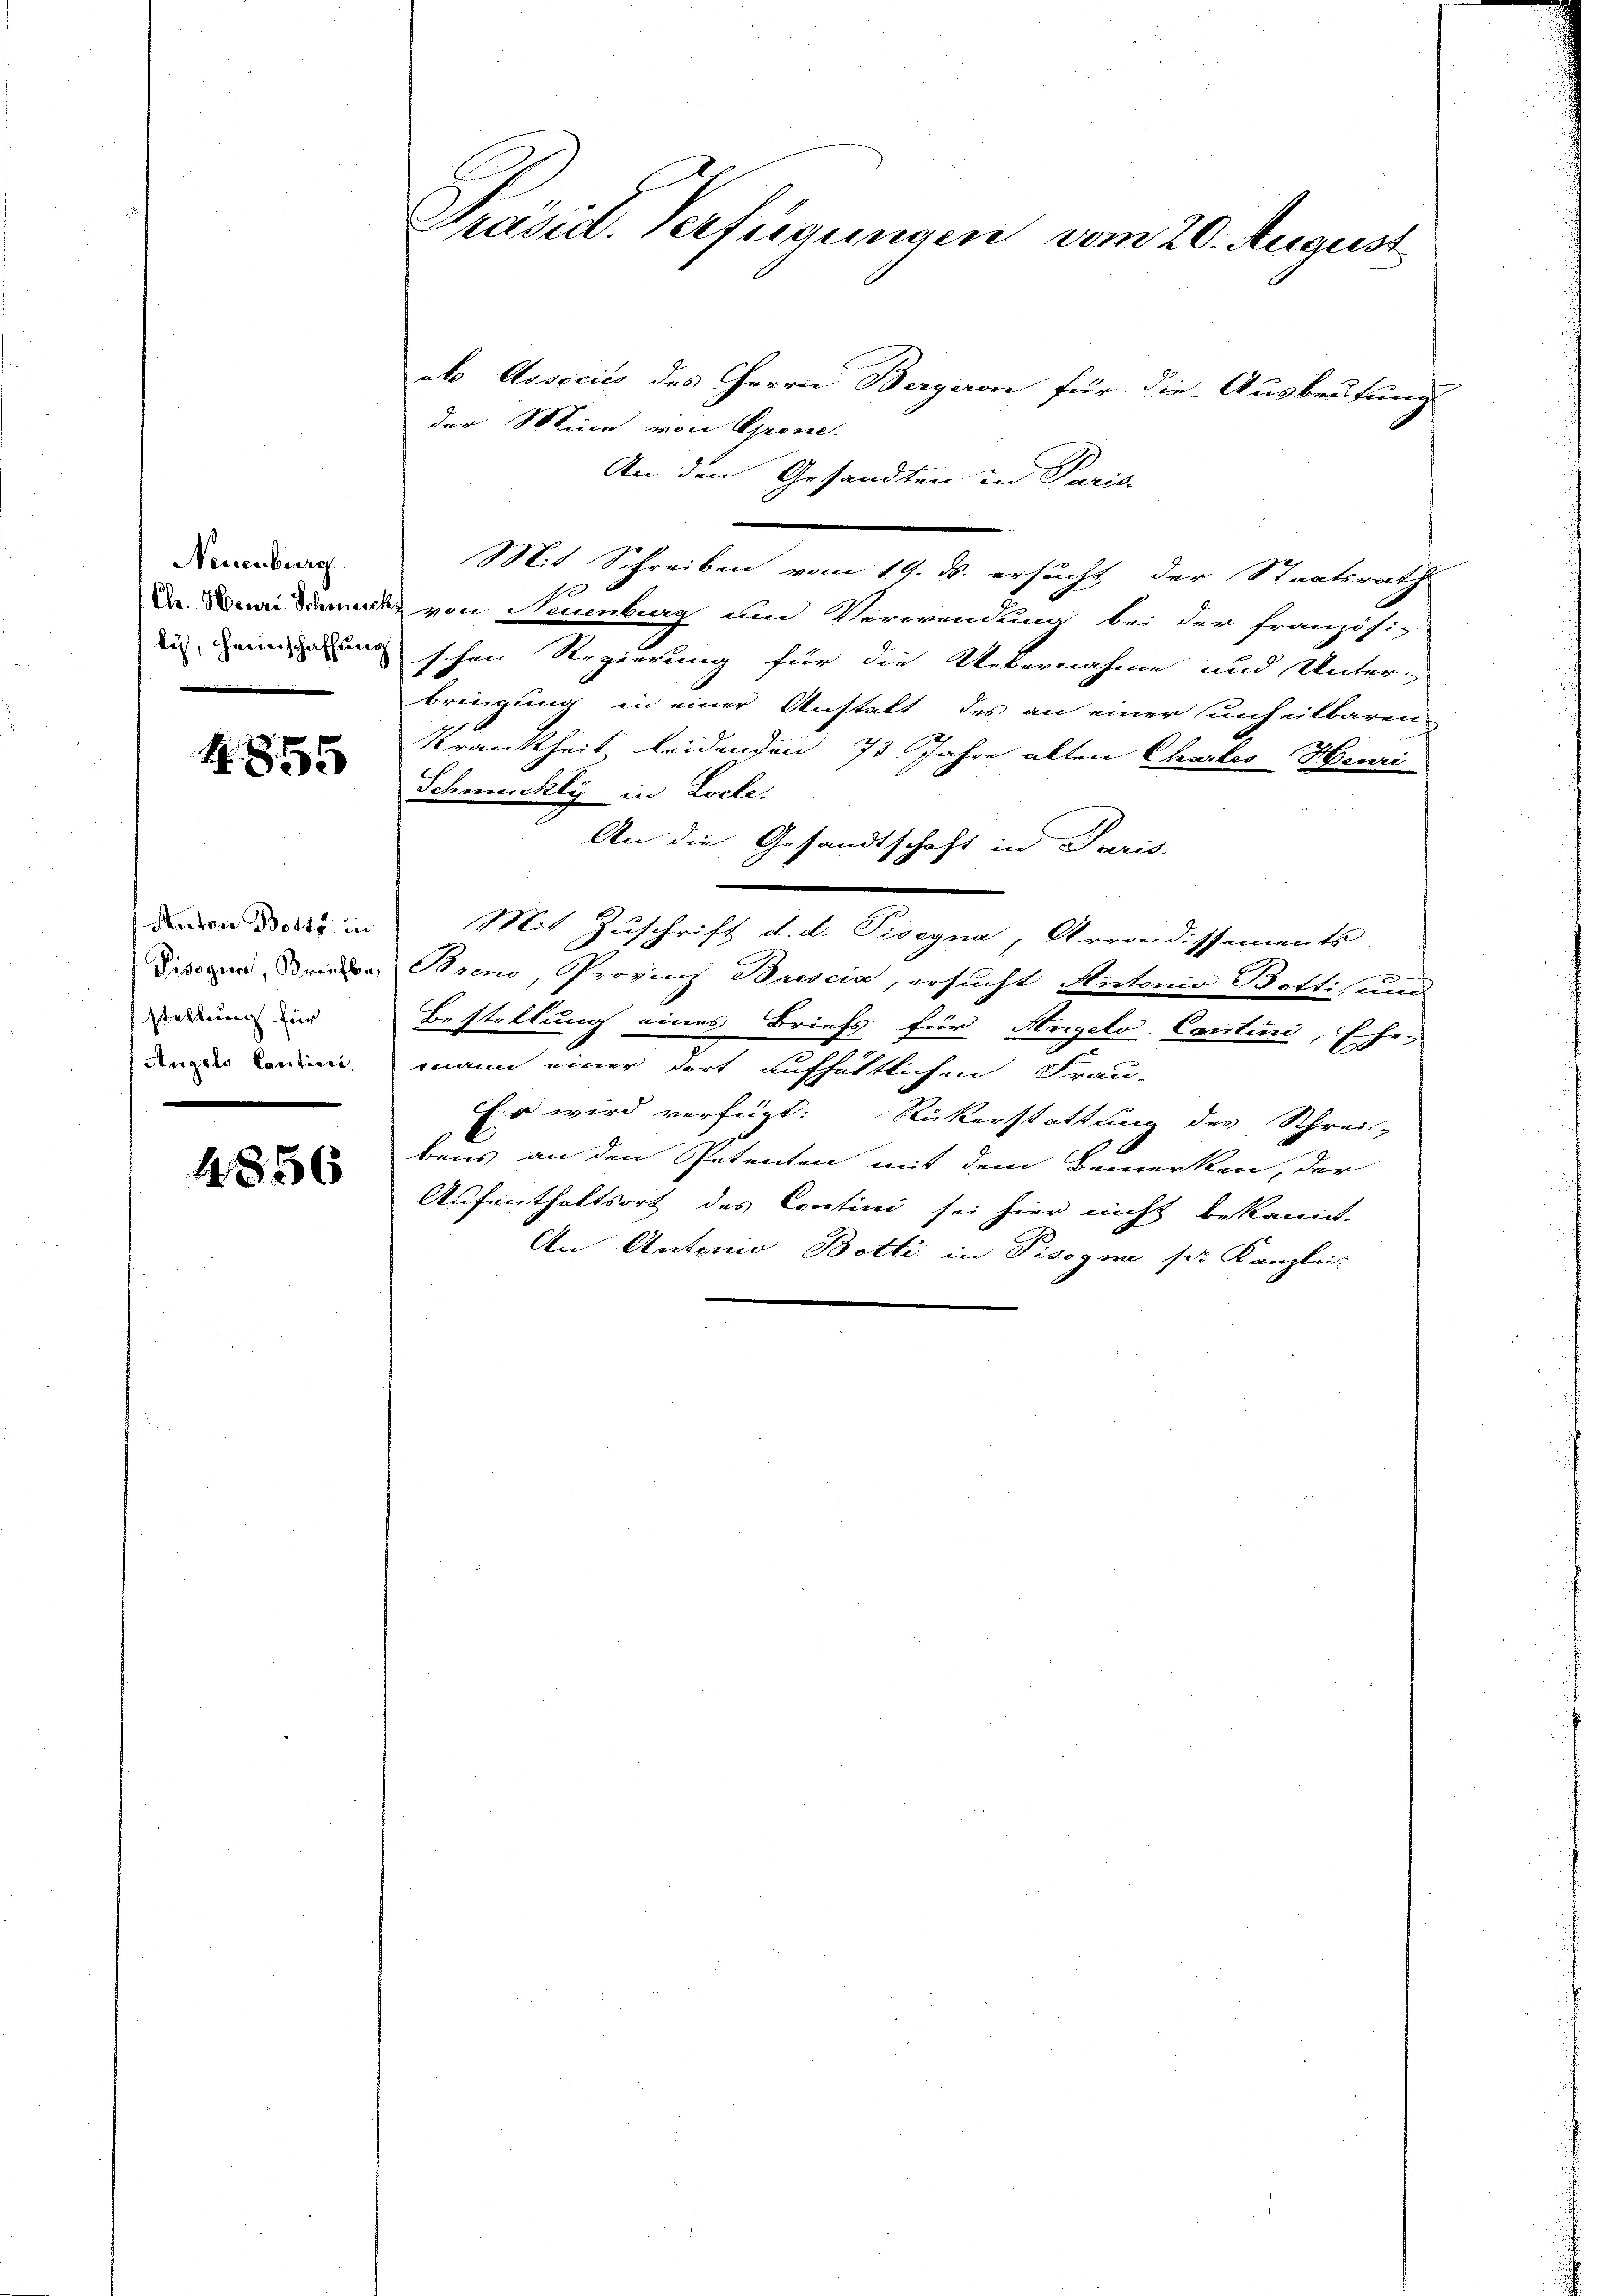
Neuenburg.
lich, Heimschaffung

4855

Anton Botte, in
Pisogna, Briefbe,
stattung für
Angels Conticis.

4856

Präsid. Verfügungen vom 20. August

ab Associis des Herrn Bergeron für die Ausbeutung
der Meine von Grone.
An den Gesandten in Paris
Mit Schreiben vom 19. ds. ersucht der Staatsrath
1
Dr. Wenn Decke von Neuenburg und Verwendung bei der französi-
schen Regierung für die Uebernahme und Unterbringung in einer Anstalt des an einer unheitbaren
Krankheit leidenden 73 Jahre alten Chartes Henri
Schmuckly in Loche.
An die Gesandtschaft in Paris.
Mit Zuschrift d. d. Pisegna, Arrondissements
Breno, Provinz Brescia, ersucht Antonio Bottis und
Bestellung eines Briefs für Angelo Conturi, Ehe-
mann einer dort aufhältlichen Frau-
Es wird verfügt: Rickerstattung des Schrei-
bens an den Petenten mit dem Bemerken, der
Aufenthaltsort des Contini sei hier nicht bekannt,
An Antonio Botti in Fisogna ser Kanzlei-